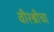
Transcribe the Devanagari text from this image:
वीरश्रीचा